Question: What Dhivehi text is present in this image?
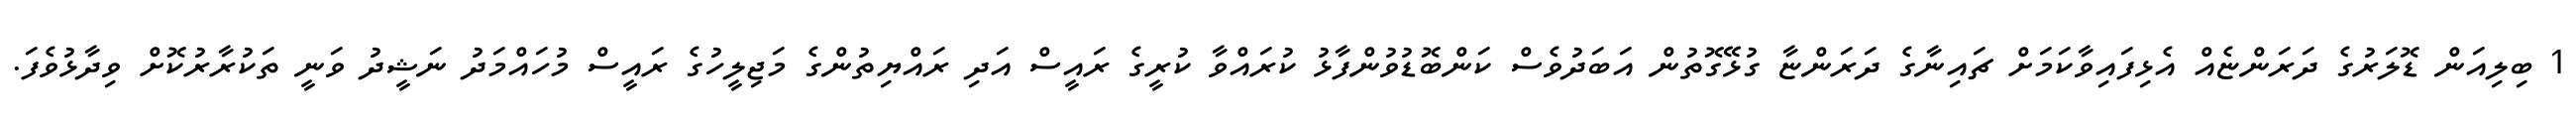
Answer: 1 ބިލިއަން ޑޮލަރުގެ ދަރަންޏެއް އެޅިފައިވާކަމަށް ޗައިނާގެ ދަރަންޏާ ގުޅޭގޮތުން އަބަދުވެސް ކަންބޮޑުވުންފާޅު ކުރައްވާ ކުރީގެ ރައީސް އަދި ރައްޔިތުންގެ މަޖިލީހުގެ ރައީސް މުހައްމަދު ނަޝީދު ވަނީ ތަކުރާރުކޮށް ވިދާޅުވެފަ.